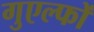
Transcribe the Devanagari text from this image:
गुएल्फों